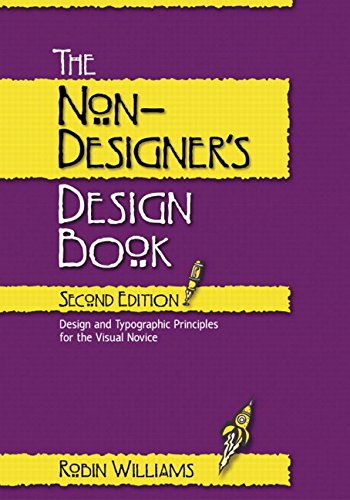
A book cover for The Non-Designer's Design Book; Robin Williams; Computers & Technology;